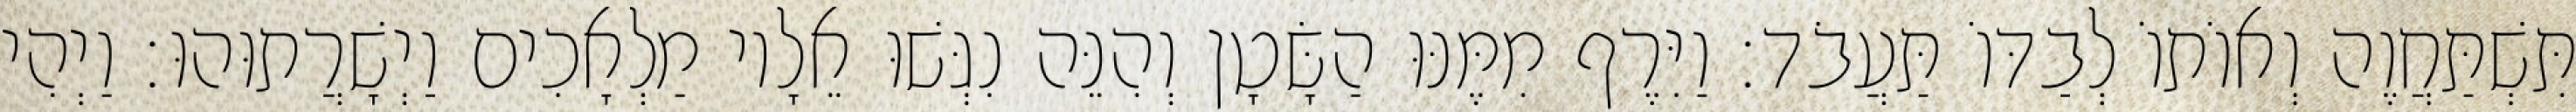
תִּשְׁתַּחֲוֶה וְאוֹתוֹ לְבַדּוֹ תַּעֲבֹד׃ וַיִּרֶף מִמֶּנּוּ הַשָּׂטָן וְהִנֵּה נִגְּשׁוּ אֵלָיו מַלְאָכִים וַיְשָׁרֲתוּהוּ׃ וַיְהִי